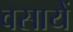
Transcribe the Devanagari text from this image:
वसायें